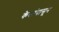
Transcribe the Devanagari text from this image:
केसांपासून